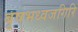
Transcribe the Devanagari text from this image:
बृषभध्वजगिरि